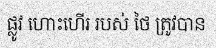
ផ្លូវ ហោះហើរ របស់ ថៃ ត្រូវបាន